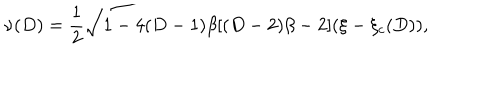
\nu ( D ) = { \frac { 1 } { 2 } } \sqrt { 1 - 4 ( D - 1 ) \beta [ ( D - 2 ) \beta - 2 ] ( \xi - \xi _ { c } ( D ) ) } ,